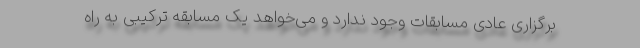
برگزاری عادی مسابقات وجود ندارد و می‌خواهد یک مسابقه ترکیبی به راه